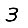
Digit: 3